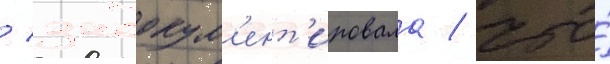
/ задокум'ент'ировала / что́